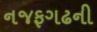
નજફગઢની